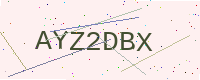
Text: AYZ2DBX